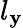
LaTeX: l_{\mathbf{y}}